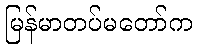
မြန်မာတပ်မတော်က